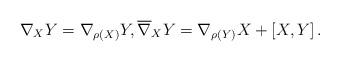
LaTeX: \begin{gather*} \nabla _X Y = \nabla _{\rho (X)} Y, \overline{ \nabla } _X Y = \nabla _{ \rho (Y) } X + \left[ X, Y \right] . \end{gather*}